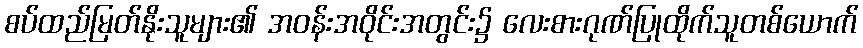
စပ်ထည်မြတ်နိုးသူများ၏ အဝန်းအဝိုင်းအတွင်း၌ လေးစားဂုဏ်ပြုထိုက်သူတစ်ယောက်